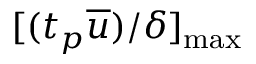
[ ( t _ { p } \overline { { u } } ) / \delta ] _ { \mathrm { m a x } }